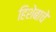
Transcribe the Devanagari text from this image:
हिशेबाचे